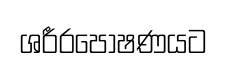
ශරීරපෝෂණයට